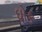
ઘોક